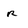
Character: r